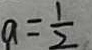
a = \frac { 1 } { 2 }